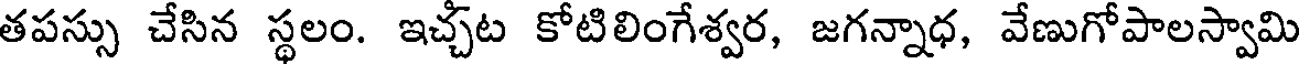
తపస్సు చేసిన స్థలం. ఇచ్చట కోటిలింగేశ్వర, జగన్నాధ, వేణుగోపాలస్వామి